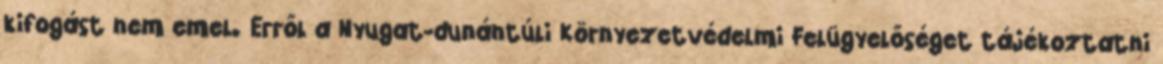
kifogást nem emel. Erről a Nyugat-dunántúli Környezetvédelmi Felügyelőséget tájékoztatni